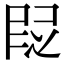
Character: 𬻷